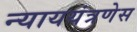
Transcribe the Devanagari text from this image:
न्याययंत्रणेस